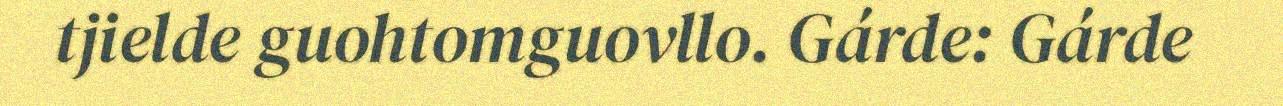
tjielde guohtomguovllo. Gárde: Gárde